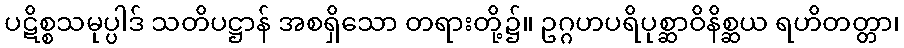
ပဋိစ္စသမုပ္ပါဒ် သတိပဋ္ဌာန် အစရှိသော တရားတို့၌။ ဥဂ္ဂဟပရိပုစ္ဆာဝိနိစ္ဆယ ရဟိတတ္တာ၊